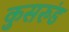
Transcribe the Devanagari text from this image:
कुसरुंड